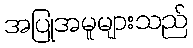
အပြုအမူများသည်